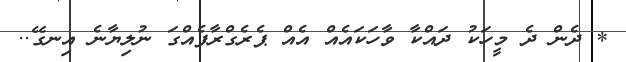
* ދެން ދެ މީހަކު ދައްކާ ވާހަކައެއް އެއް ޕެރެގްރާފެއްގަ ނުލިޔާނެ އިނގޭ..